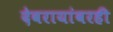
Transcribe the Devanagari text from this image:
देवरायांवरही